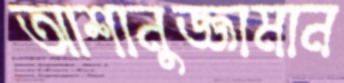
আশানুজ্জামান